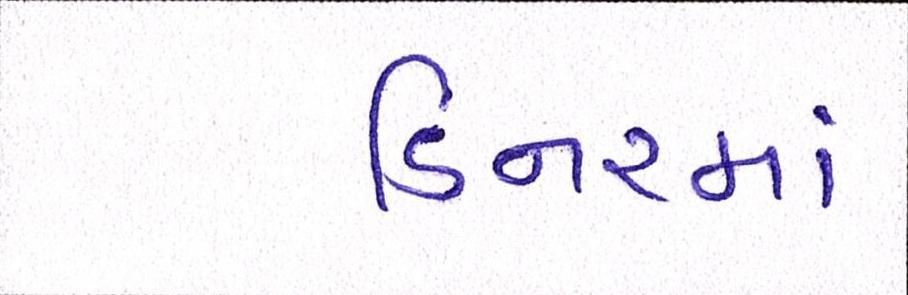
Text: ડિનરમાં